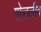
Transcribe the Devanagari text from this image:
गोत्तलीब